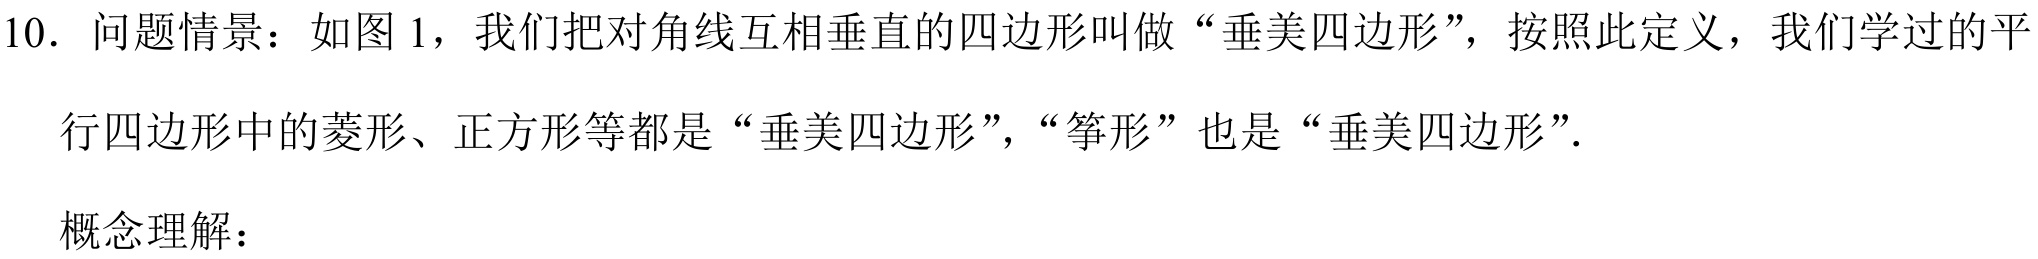
10. 问题情景：如图 1，我们把对角线互相垂直的四边形叫做“垂美四边形”，按照此定义，我们学过的平行四边形中的菱形、正方形等都是“垂美四边形”，“筝形”也是“垂美四边形”．

概念理解：